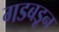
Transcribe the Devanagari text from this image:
गडबडून